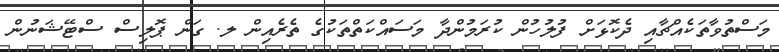
މަސްތުވާތަކެއްޗާއި ދެކޮޅަށް ފުލުހުން ކުރަމުންދާ މަސައްކަތްތަކުގެ ތެރެއިން ލ. ގަން ޕޮލިސް ސްޓޭޝަނުން